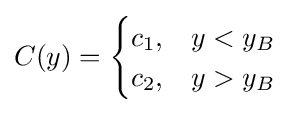
C(y)={\begin{cases}c_{1},&y<y_{B}\\c_{2},&y>y_{B}\end{cases}}